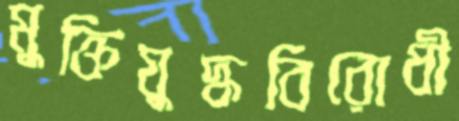
মুক্তিযুদ্ধবিরোধী